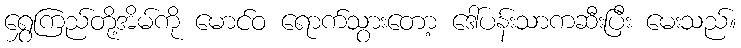
ရွှေကြည်တို့အိမ်ကို မောင်ဝ ရောက်သွားတော့ ဒေါ်ပန်းသာကဆီးပြီး မေးသည်။